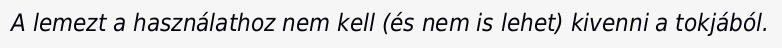
A lemezt a használathoz nem kell (és nem is lehet) kivenni a tokjából.